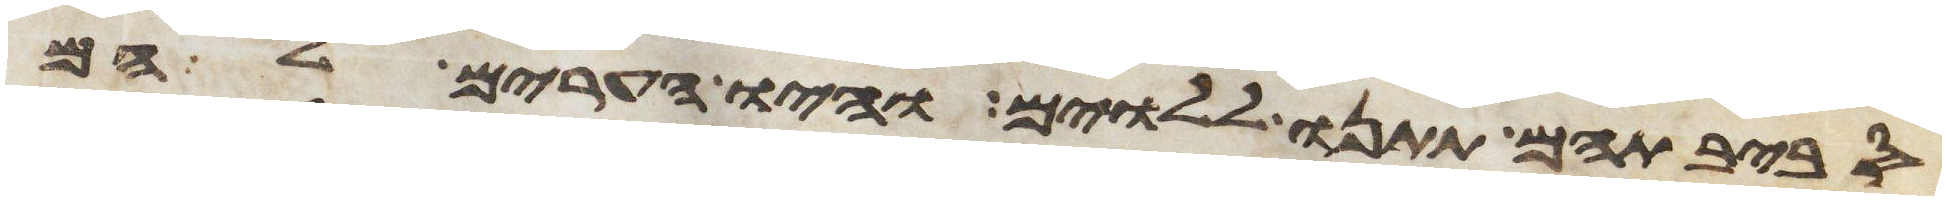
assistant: סביבתיהם תתנו ללוים והיו הערים להם